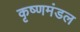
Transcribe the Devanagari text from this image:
कृष्णमंडल